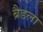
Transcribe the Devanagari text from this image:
ब्रैडला